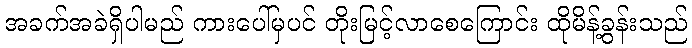
အခက်အခဲရှိပါမည် ကားပေါ်မှပင် တိုးမြင့်လာစေကြောင်း ထိုမိန့်ခွန်းသည်